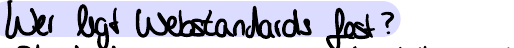
Wer legt Webstandards fest?